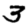
Digit: 3